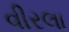
વીરલા